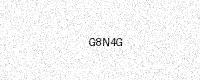
Text: G8N4G